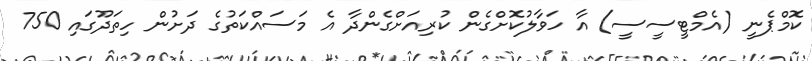
ކޮމްޕެނީ (އެމްޓީސީސީ) އާ ހަވާލުކޮށްގެން ކުރިއަށްގެންދާ އެ މަސައްކަތުގެ ދަށުން ހިތަދޫގައި 750